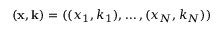
( \mathbf x , \mathbf k ) = ( ( x _ { 1 } , k _ { 1 } ) , \dots , ( x _ { N } , k _ { N } ) )